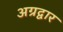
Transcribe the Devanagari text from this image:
अग्रद्वार